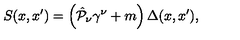
S ( x , x ^ { \prime } ) = \left( \hat { { \cal P } } _ { \nu } \gamma ^ { \nu } + m \right) \Delta ( x , x ^ { \prime } ) ,